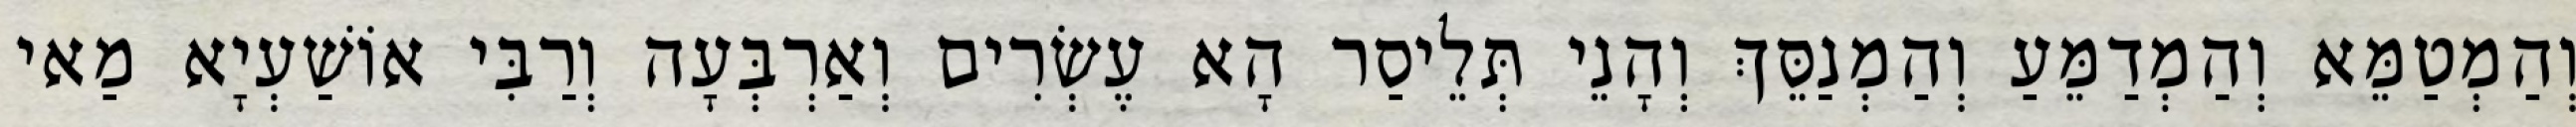
וְהַמְטַמֵּא וְהַמְדַמֵּעַ וְהַמְנַסֵּךְ וְהָנֵי תְּלֵיסַר הָא עֶשְׂרִים וְאַרְבְּעָה וְרַבִּי אוֹשַׁעְיָא מַאי